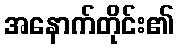
အနောက်တိုင်း၏